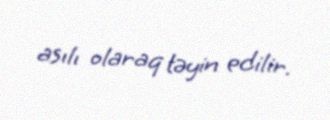
asılı olaraq təyin edilir.